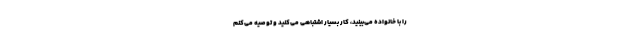
را با خانواده می‌بینید، کار بسیار اشتباهی می‌کنید و توصیه می‌کنم